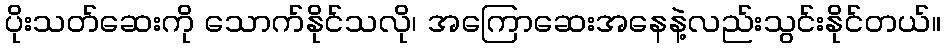
ပိုးသတ်ဆေးကို သောက်နိုင်သလို၊ အကြောဆေးအနေနဲ့လည်းသွင်းနိုင်တယ်။